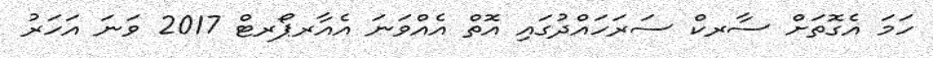
ހަމަ އެގޮތަށް ސާރކް ސަރަހައްދުގައި އޮތް އެއްވަނަ އެއާރޕޯރޓް 2017 ވަނަ އަހަރު